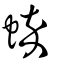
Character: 蜶